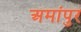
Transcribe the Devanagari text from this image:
अमांपुर